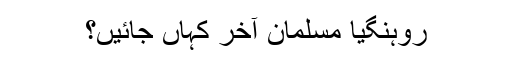
روہنگیا مسلمان آخر کہاں جائیں؟